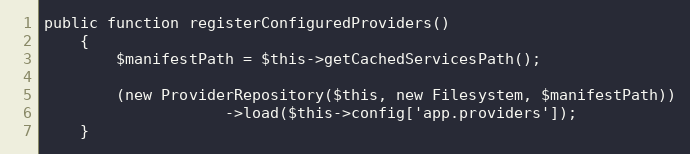
Language: PHP
public function registerConfiguredProviders()
	{
		$manifestPath = $this->getCachedServicesPath();

		(new ProviderRepository($this, new Filesystem, $manifestPath))
					->load($this->config['app.providers']);
	}